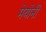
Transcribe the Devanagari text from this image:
मेयोनी